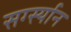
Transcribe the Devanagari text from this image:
सर्ग्स्यान